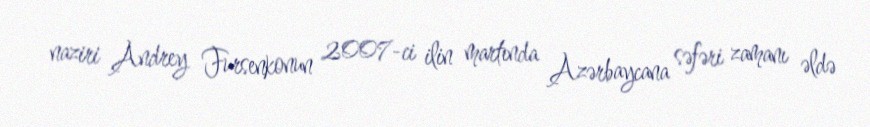
naziri Andrey Fursenkonun 2007-ci ilin martında Azərbaycana səfəri zamanı əldə